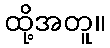
ထို့အတူ။